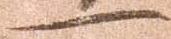
一